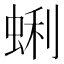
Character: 蜊